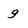
Character: g